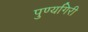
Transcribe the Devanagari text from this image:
पुण्यगिरी